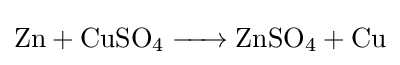
{\ce {Zn + CuSO4 -> ZnSO4 + Cu}}